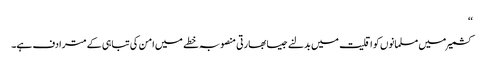
‘‘
کشمیر میں مسلمانوں کو اقلیت میں بدلنے جیسا بھارتی منصوبہ خطے میں امن کی تباہی کے مترادف ہے۔